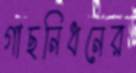
গাছনিধনের